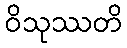
ဝိသုဿတိ